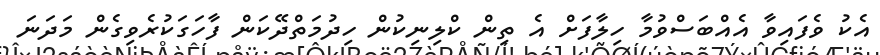
އެކު ވެފައިވާ އެއްބަސްވުމާ ހިލާފަށް އެ ތިން ކްލިނިކުން ހިދުމަތްދޭކަން ފާހަގަކުރެވިގެން މަދަނަ